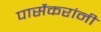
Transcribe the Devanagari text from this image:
पार्सेकरांनी